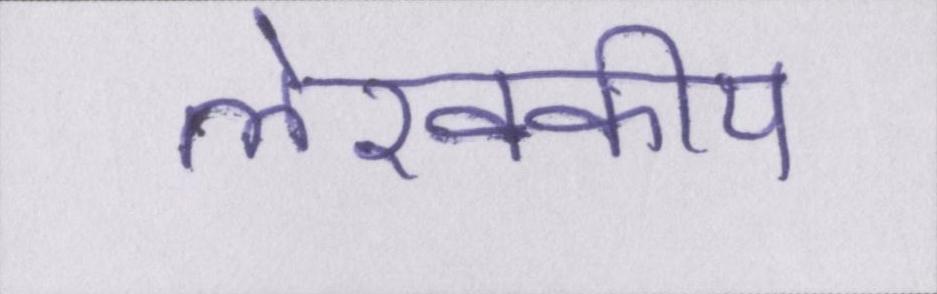
लेखकीय